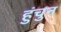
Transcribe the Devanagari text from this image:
हुंचुन